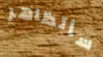
سأتظاهر